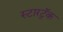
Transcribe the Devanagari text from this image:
स्टारट्रॅक